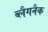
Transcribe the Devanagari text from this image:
ब्लैगनैक